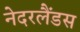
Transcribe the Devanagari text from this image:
नेदरलैंडस